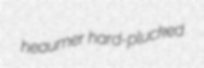
heaumer hard-plucked